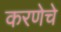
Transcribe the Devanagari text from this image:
करणेचे